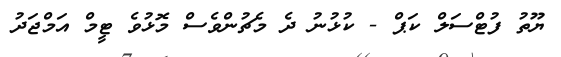
ޔޫތު ފުޓްސަލް ކަޕް - ކުޅުނު ދެ މެޗުންވެސް މޮޅުވެ ޓީމް އަމްޖަދު